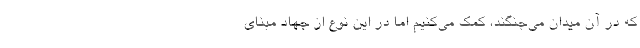
که در آن میدان می‌جنگند، کمک می‌کنیم اما در این نوع از جهاد مبنای